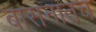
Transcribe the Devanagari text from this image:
बासनातच